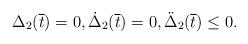
LaTeX: \begin{align*}\Delta_2 (\overline{t}) = 0, \dot \Delta_2 (\overline{t}) = 0, \ddot \Delta_2 (\overline{t}) \leq 0.\end{align*}